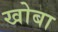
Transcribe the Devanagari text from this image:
खोबा